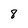
Character: 8